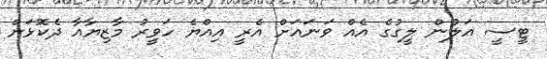
ޓީސީ އަލުން ލީގުގެ އެއް ވަނައަށް އެރީ އިއްޔެ ހަވީރު މާޒިޔާއާ ދެކޮޅަށް